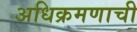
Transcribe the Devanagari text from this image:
अधिक्रमणाची